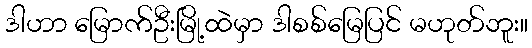
ဒါဟာ မြောက်ဦးမြို့ထဲမှာ ဒါစစ်မြေပြင် မဟုတ်ဘူး။